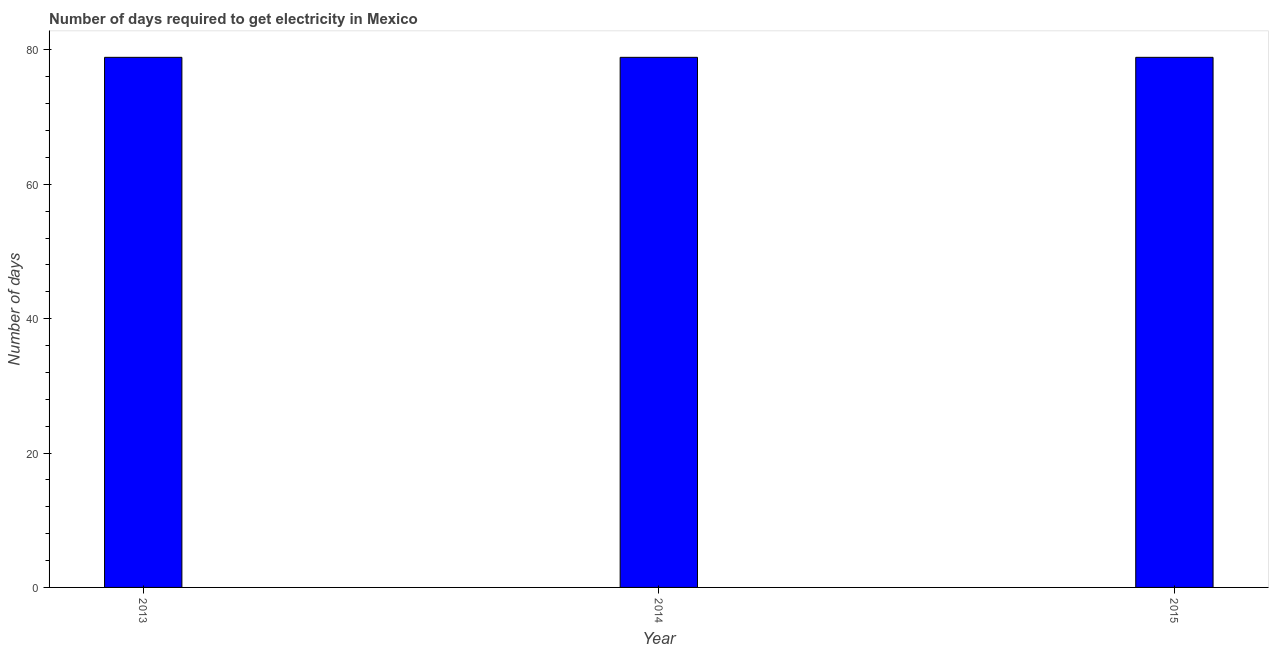
| Year | Time to get electricity |
 | --- | --- |
 | 2013 | 78.9 |
 | 2014 | 78.9 |
 | 2015 | 78.9 |